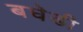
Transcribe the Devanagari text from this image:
बघेडी